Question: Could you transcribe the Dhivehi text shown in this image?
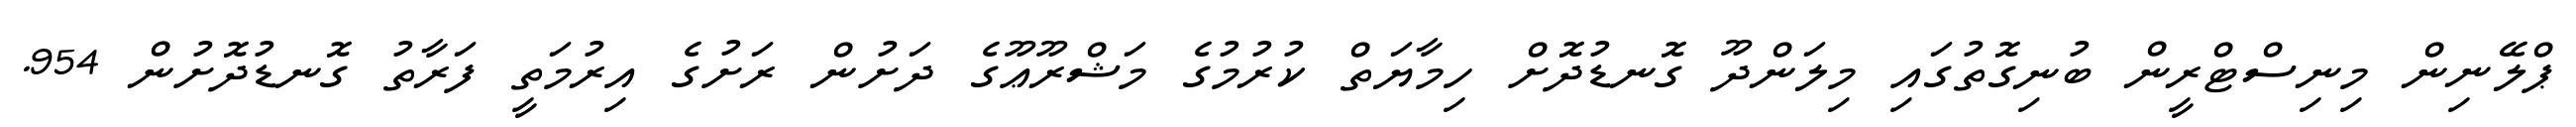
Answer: ޕްލޭނިން މިނިސްޓްރީން ބުނިގޮތުގައި މިލަންދޫ ގޮނޑުދޮށް ހިމާޔަތް ކުރުމުގެ މަޝްރޫޢޫގެ ދަށުން ރަށުގެ އިރުމަތީ ފަރާތު ގޮނޑުދޮށުން 954.